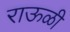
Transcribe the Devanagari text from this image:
राऊळी